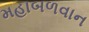
મહાબળવાન